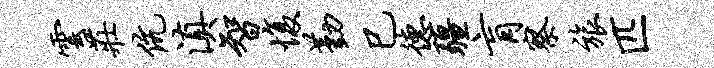
云庄伉滇智愎勤巳德疆肓察旅匹